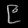
Digit: ၉